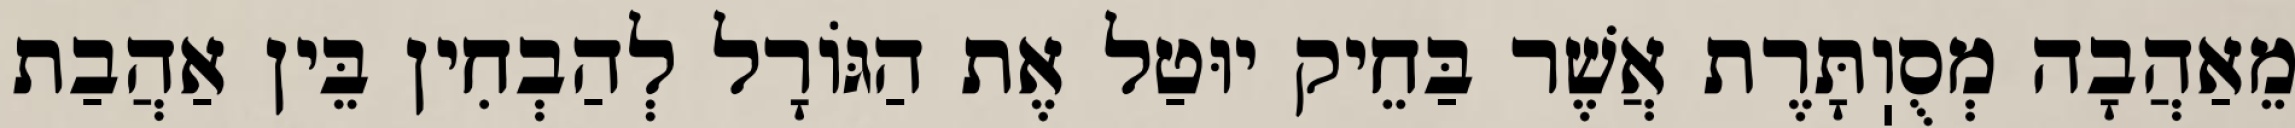
מֵאַהֲבָה מְסֻוֽתָּרֶת אֲשֶׁר בַּחֵיק יוּטַל אֶת הַגּוֹרָל לְהַבְחִין בֵּין אַהֲבַת